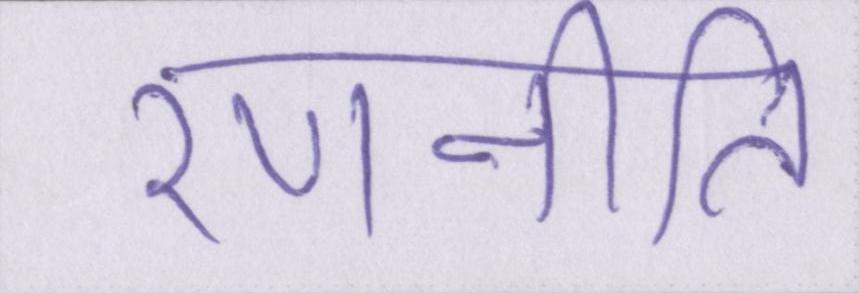
रणनीति